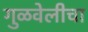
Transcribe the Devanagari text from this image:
गुळवेलीचा